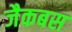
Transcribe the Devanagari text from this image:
जैकबस